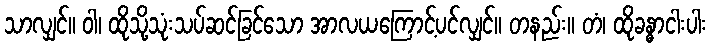
သာလျှင်။ ဝါ၊ ထိုသို့သုံးသပ်ဆင်ခြင်သော အာလယကြောင့်ပင်လျှင်။ တနည်း။ တံ၊ ထိုခန္ဓာငါးပါး